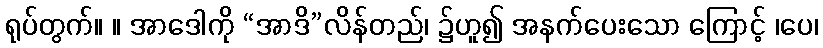
ရုပ်တွက်။ ။ အာဒေါကို “အာဒိ”လိန်တည်၊ ၌ဟူ၍ အနက်ပေးသော ကြောင့် ၊ပေ၊